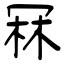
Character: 冧